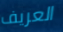
العريف